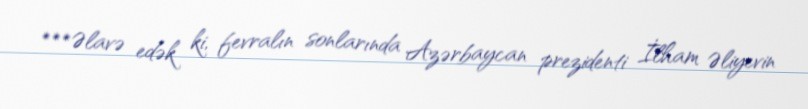
***Əlavə edək ki, fevralın sonlarında Azərbaycan prezidenti İlham Əliyevin